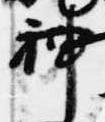
神